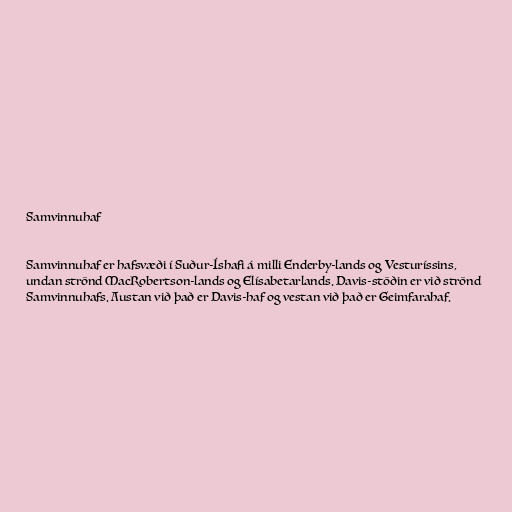
Samvinnuhaf

Samvinnuhaf er hafsvæði í Suður-Íshafi á milli Enderby-lands og Vesturíssins,
undan strönd MacRobertson-lands og Elísabetarlands. Davis-stöðin er við strönd
Samvinnuhafs. Austan við það er Davis-haf og vestan við það er Geimfarahaf.